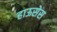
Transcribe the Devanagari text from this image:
हाऊसेस